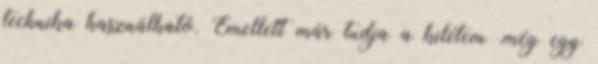
technika használható. Emellett már tudja a kilétem .még egy